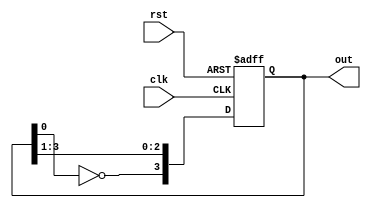
module ringCount2(out, clk, rst);
input clk, rst;
output reg [3:0]out;
always@(posedge clk, posedge rst)
begin
if(rst)
out=4'b0000;
else 
out={~out[0], out[3:1]};
end
endmodule